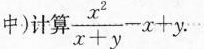
中)计算 $$ \frac { x ^ { 2 } } { x + y } - x + y$$.